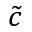
\tilde { c }